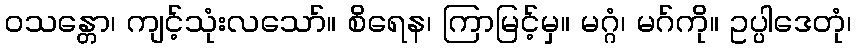
ဝသန္တော၊ ကျင့်သုံးလသော်။ စိရေန၊ ကြာမြင့်မှ။ မဂ္ဂံ၊ မဂ်ကို။ ဥပ္ပါဒေတုံ၊